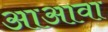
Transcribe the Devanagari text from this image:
आअावा